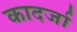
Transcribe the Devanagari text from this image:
कादर्जा